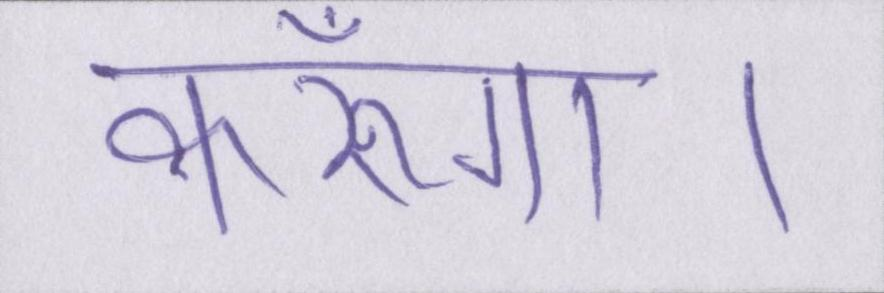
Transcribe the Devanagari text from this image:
करूँगा।